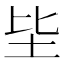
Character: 坒